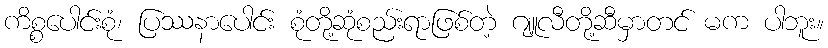
ကိစ္စပေါင်းစုံ၊ ပြဿနာပေါင်း စုံတို့ဆုံစည်းရာဖြစ်တဲ့ ဂျူလီတို့ဆီမှာတင် မက ပါဘူး။